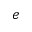
e